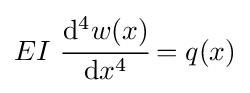
EI~{\cfrac {\mathrm {d} ^{4}w(x)}{\mathrm {d} x^{4}}}=q(x)